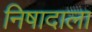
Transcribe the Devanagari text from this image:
निषादाला